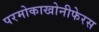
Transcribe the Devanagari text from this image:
परमोकाखोनीफेरस